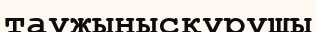
таужынысқұрушы